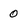
Character: 0